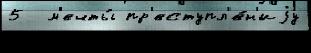
5  м'ечты́ пр'еступл'е́н'иjу